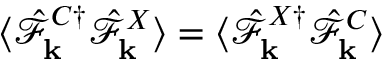
\langle \hat { \mathcal { F } } _ { { \bf k } } ^ { C \dagger } \hat { \mathcal { F } } _ { { \bf k } } ^ { X } \rangle = \langle \hat { \mathcal { F } } _ { { \bf k } } ^ { X \dagger } \hat { \mathcal { F } } _ { { \bf k } } ^ { C } \rangle